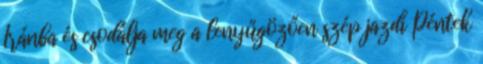
Iránba és csodálja meg a lenyűgözően szép jazdi Péntek